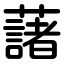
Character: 藷